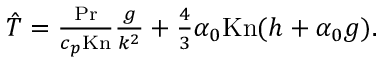
\begin{array} { r } { \hat { T } = \frac { \mathrm { P r } } { c _ { p } \mathrm { K n } } \frac { g } { k ^ { 2 } } + \frac { 4 } { 3 } \alpha _ { 0 } \mathrm { K n } ( h + \alpha _ { 0 } g ) . } \end{array}